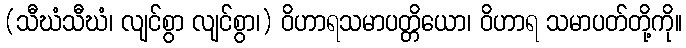
(သီဃံသီဃံ၊ လျင်စွာ လျင်စွာ၊) ဝိဟာရသမာပတ္တိယော၊ ဝိဟာရ သမာပတ်တို့ကို။